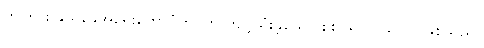
ဤကား နွယ်ခွေအရေးတော်ပုံတွင်က ကျင့်သုံးခဲ့သော စစ်ပရိယာယ်ပင် ဖြစ်သည်။